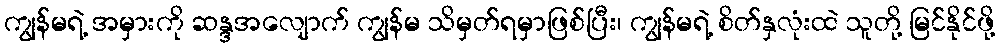
ကျွန်မရဲ့ အမှားကို ဆန္ဒအလျောက် ကျွန်မ သိမှတ်ရမှာဖြစ်ပြီး၊ ကျွန်မရဲ့ စိတ်နှလုံးထဲ သူတို့ မြင်နိုင်ဖို့